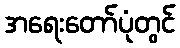
အရေးတော်ပုံတွင်